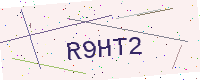
Text: R9HT2